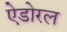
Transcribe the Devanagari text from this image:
ऐडोरल